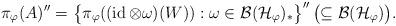
LaTeX: \begin{align*}\pi_{\varphi}(A)''=\bigl\{\pi_{\varphi}((\operatorname{id}\otimes\omega)(W)):\omega\in{\mathcal B}({\mathcal H}_{\varphi})_*\bigr\}''\,\bigl(\subseteq{\mathcal B}({\mathcal H}_{\varphi})\bigr).\end{align*}